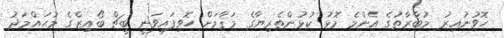
ހޮވުނުއިރު މުބާރާތުގެ އެންމެ މޮޅު ކުޅުންތެރިޔާގެ މަޤާމަށް ހޮވިފައިވަނީ ބީޗް ބޯއިޒްގެ މުޙައްމަދު